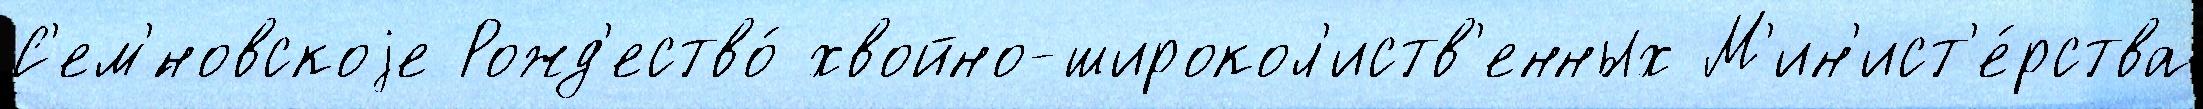
С'ем'́новскоjе Рожд'ество́ хвойно-широкол'иств'енных М'ин'ист'е́рства